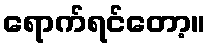
ရောက်ရင်တော့။